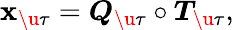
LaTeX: \boldsymbol{\mathbf{x}}_{\u{{\tau}}}=\boldsymbol{Q}_{\u{{\tau}}}\circ\boldsymbol{T}_{\u{{\tau}}},